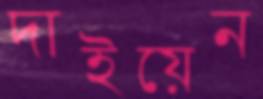
দাইয়েন